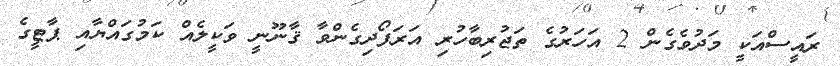
ރައީސްއަކީ މަދުވެގެން 2 އަހަރުގެ ތަޖުރިބާހުރި އަރަފޯދިގެންވާ ޤާނޫނީ ވަކީލެއް ކަމުގައްޔާއި ޕާޓީގެ